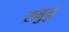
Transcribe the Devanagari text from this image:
रुवुबु